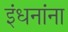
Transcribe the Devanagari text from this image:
इंधनांना